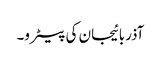
آذربائیجان کی پیٹرو۔